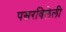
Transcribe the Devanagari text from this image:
पसरविलेली